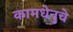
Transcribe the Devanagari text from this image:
कामधेनुचे